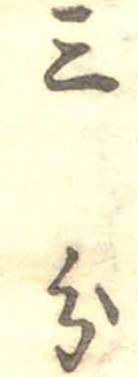
三分